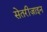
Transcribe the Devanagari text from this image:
सेतरीज़ाइन